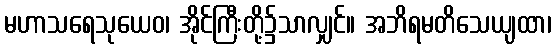
မဟာသရေသုယေဝ၊ အိုင်ကြီးတို့၌သာလျှင်။ အဘိရမတိသေယျထာ၊